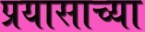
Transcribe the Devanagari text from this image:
प्रयासाच्या